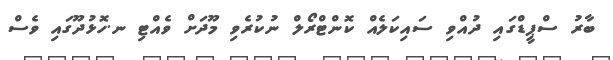
ބާރު ސްޕީޑްގައި ދުއްވި ސައިކަލެއް ކޮންޓްރޯލް ނުކުރެވި މޫދަށް ވެއްޓި ނ.ހޮޅުދޫގައި ވެސް